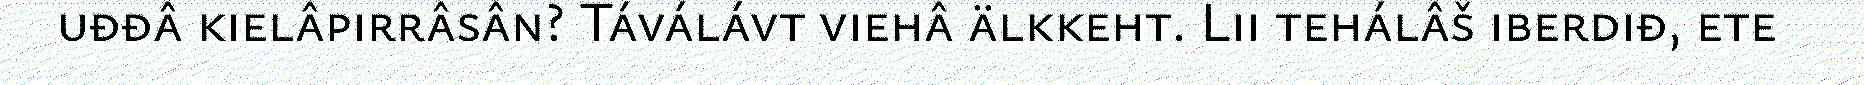
uđđâ kielâpirrâsân? Táválávt viehâ älkkeht. Lii tehálâš iberdiđ, ete